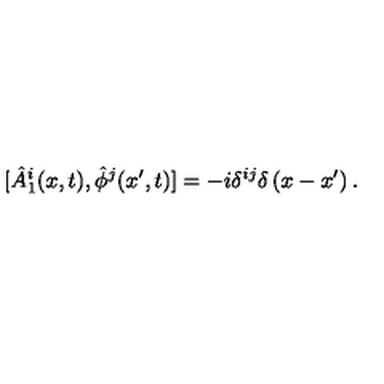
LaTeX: [ \hat { A } _ { 1 } ^ { i } ( x , t ) , \hat { \phi } ^ { j } ( x ^ { \prime } , t ) ] = - i \delta ^ { i j } \delta \left( x - x ^ { \prime } \right) .